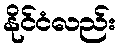
နိုင်ငံလည်း